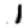
Digit: 1